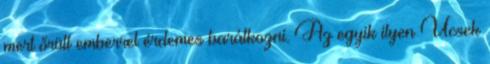
mert őrült emberrel érdemes barátkozni. Az egyik ilyen Ucsek